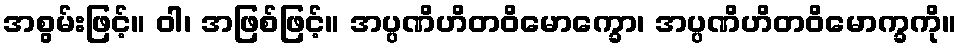
အစွမ်းဖြင့်။ ဝါ၊ အဖြစ်ဖြင့်။ အပ္ပဏိဟိတဝိမောက္ခော၊ အပ္ပဏိဟိတဝိမောက္ခကို။